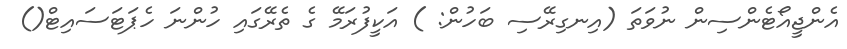
އެންޖީއޯޓެންސިން ނުވަތަ (އިނގިރޭސި ބަހުން: ) އަކީފުރަމޭ ގެ ތެރޭގައި ހުންނަ ހެޕަޓަސައިޓް()